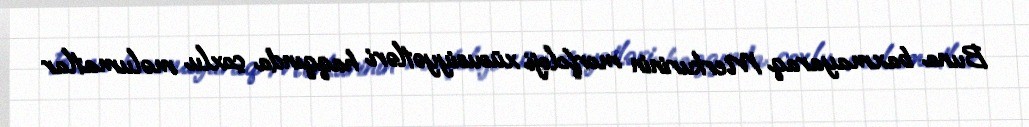
Buna baxmayaraq Merkurinin morfoloji xüsusiyyətləri haqqında çoxlu məlumatlar